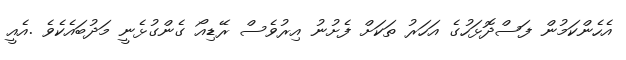
އެހެންކަމުން ފަސްދޮޅަހުގެ އަހަރު ތަކަށް ފެށުނު އިރުވެސް ރޭޑިއޯ ގެންގުޅެނީ މަދުބައެކެވެ .އެއީ